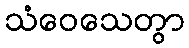
သံဝေသေတွာ